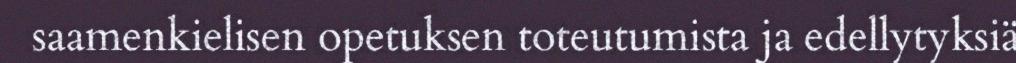
saamenkielisen opetuksen toteutumista ja edellytyksiä